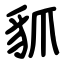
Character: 䝖